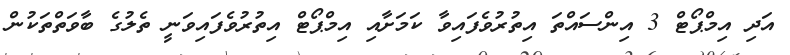
އަދި އިމްޕޯޓް 3 އިންސައްތަ އިތުރުވެފައިވާ ކަމަށާއި އިމްޕޯޓް އިތުރުވެފައިވަނީ ތެލުގެ ބާވަތްތަކުން